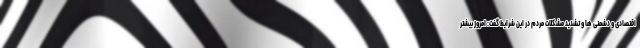
اقتصادی و دشمنی ها و تشدید مشکلات مردم در این شرایط گفت: امروز بیشتر